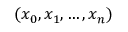
( x _ { 0 } , x _ { 1 } , \ldots , x _ { n } )